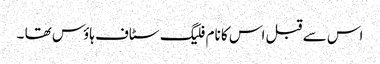
اس سے قبل اس کا نام فلیگ سٹاف ہاؤس تھا ۔